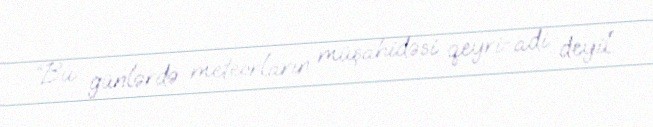
“Bu günlərdə meteorların müşahidəsi qeyri-adi deyil.